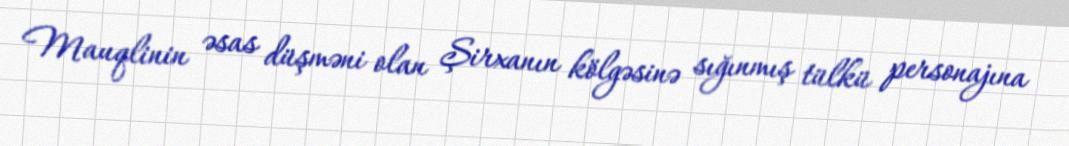
Mauqlinin əsas düşməni olan Şirxanın kölgəsinə sığınmış tülkü personajına